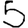
Digit: 5